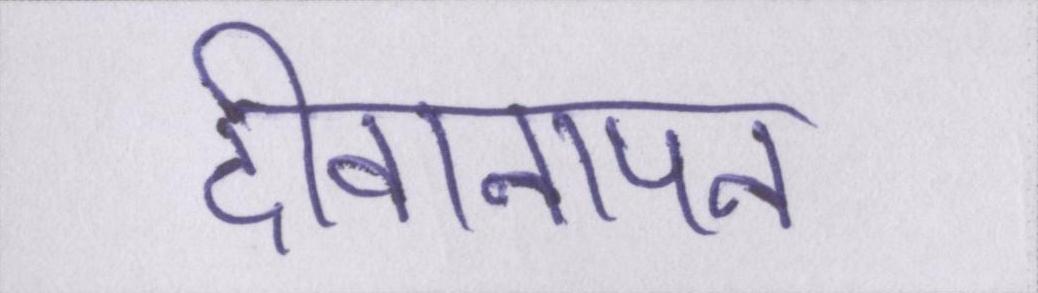
दीवानापन